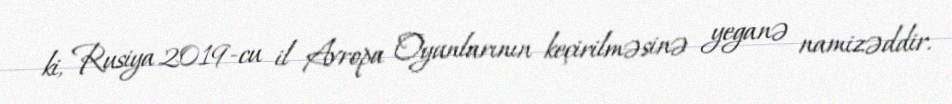
ki, Rusiya 2019-cu il Avropa Oyunlarının keçirilməsinə yeganə namizəddir.